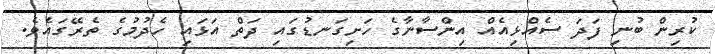
ކުރިން ބުނި ފަދަ ސެއްޅިއެއް އިންސާނާގެ ހަށިގަނޑުގައި ދަތް އަޅައި ހެދުމުގެ ތެރޭގައެވެ.